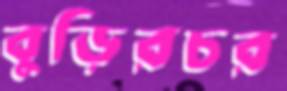
বুড়িরচর